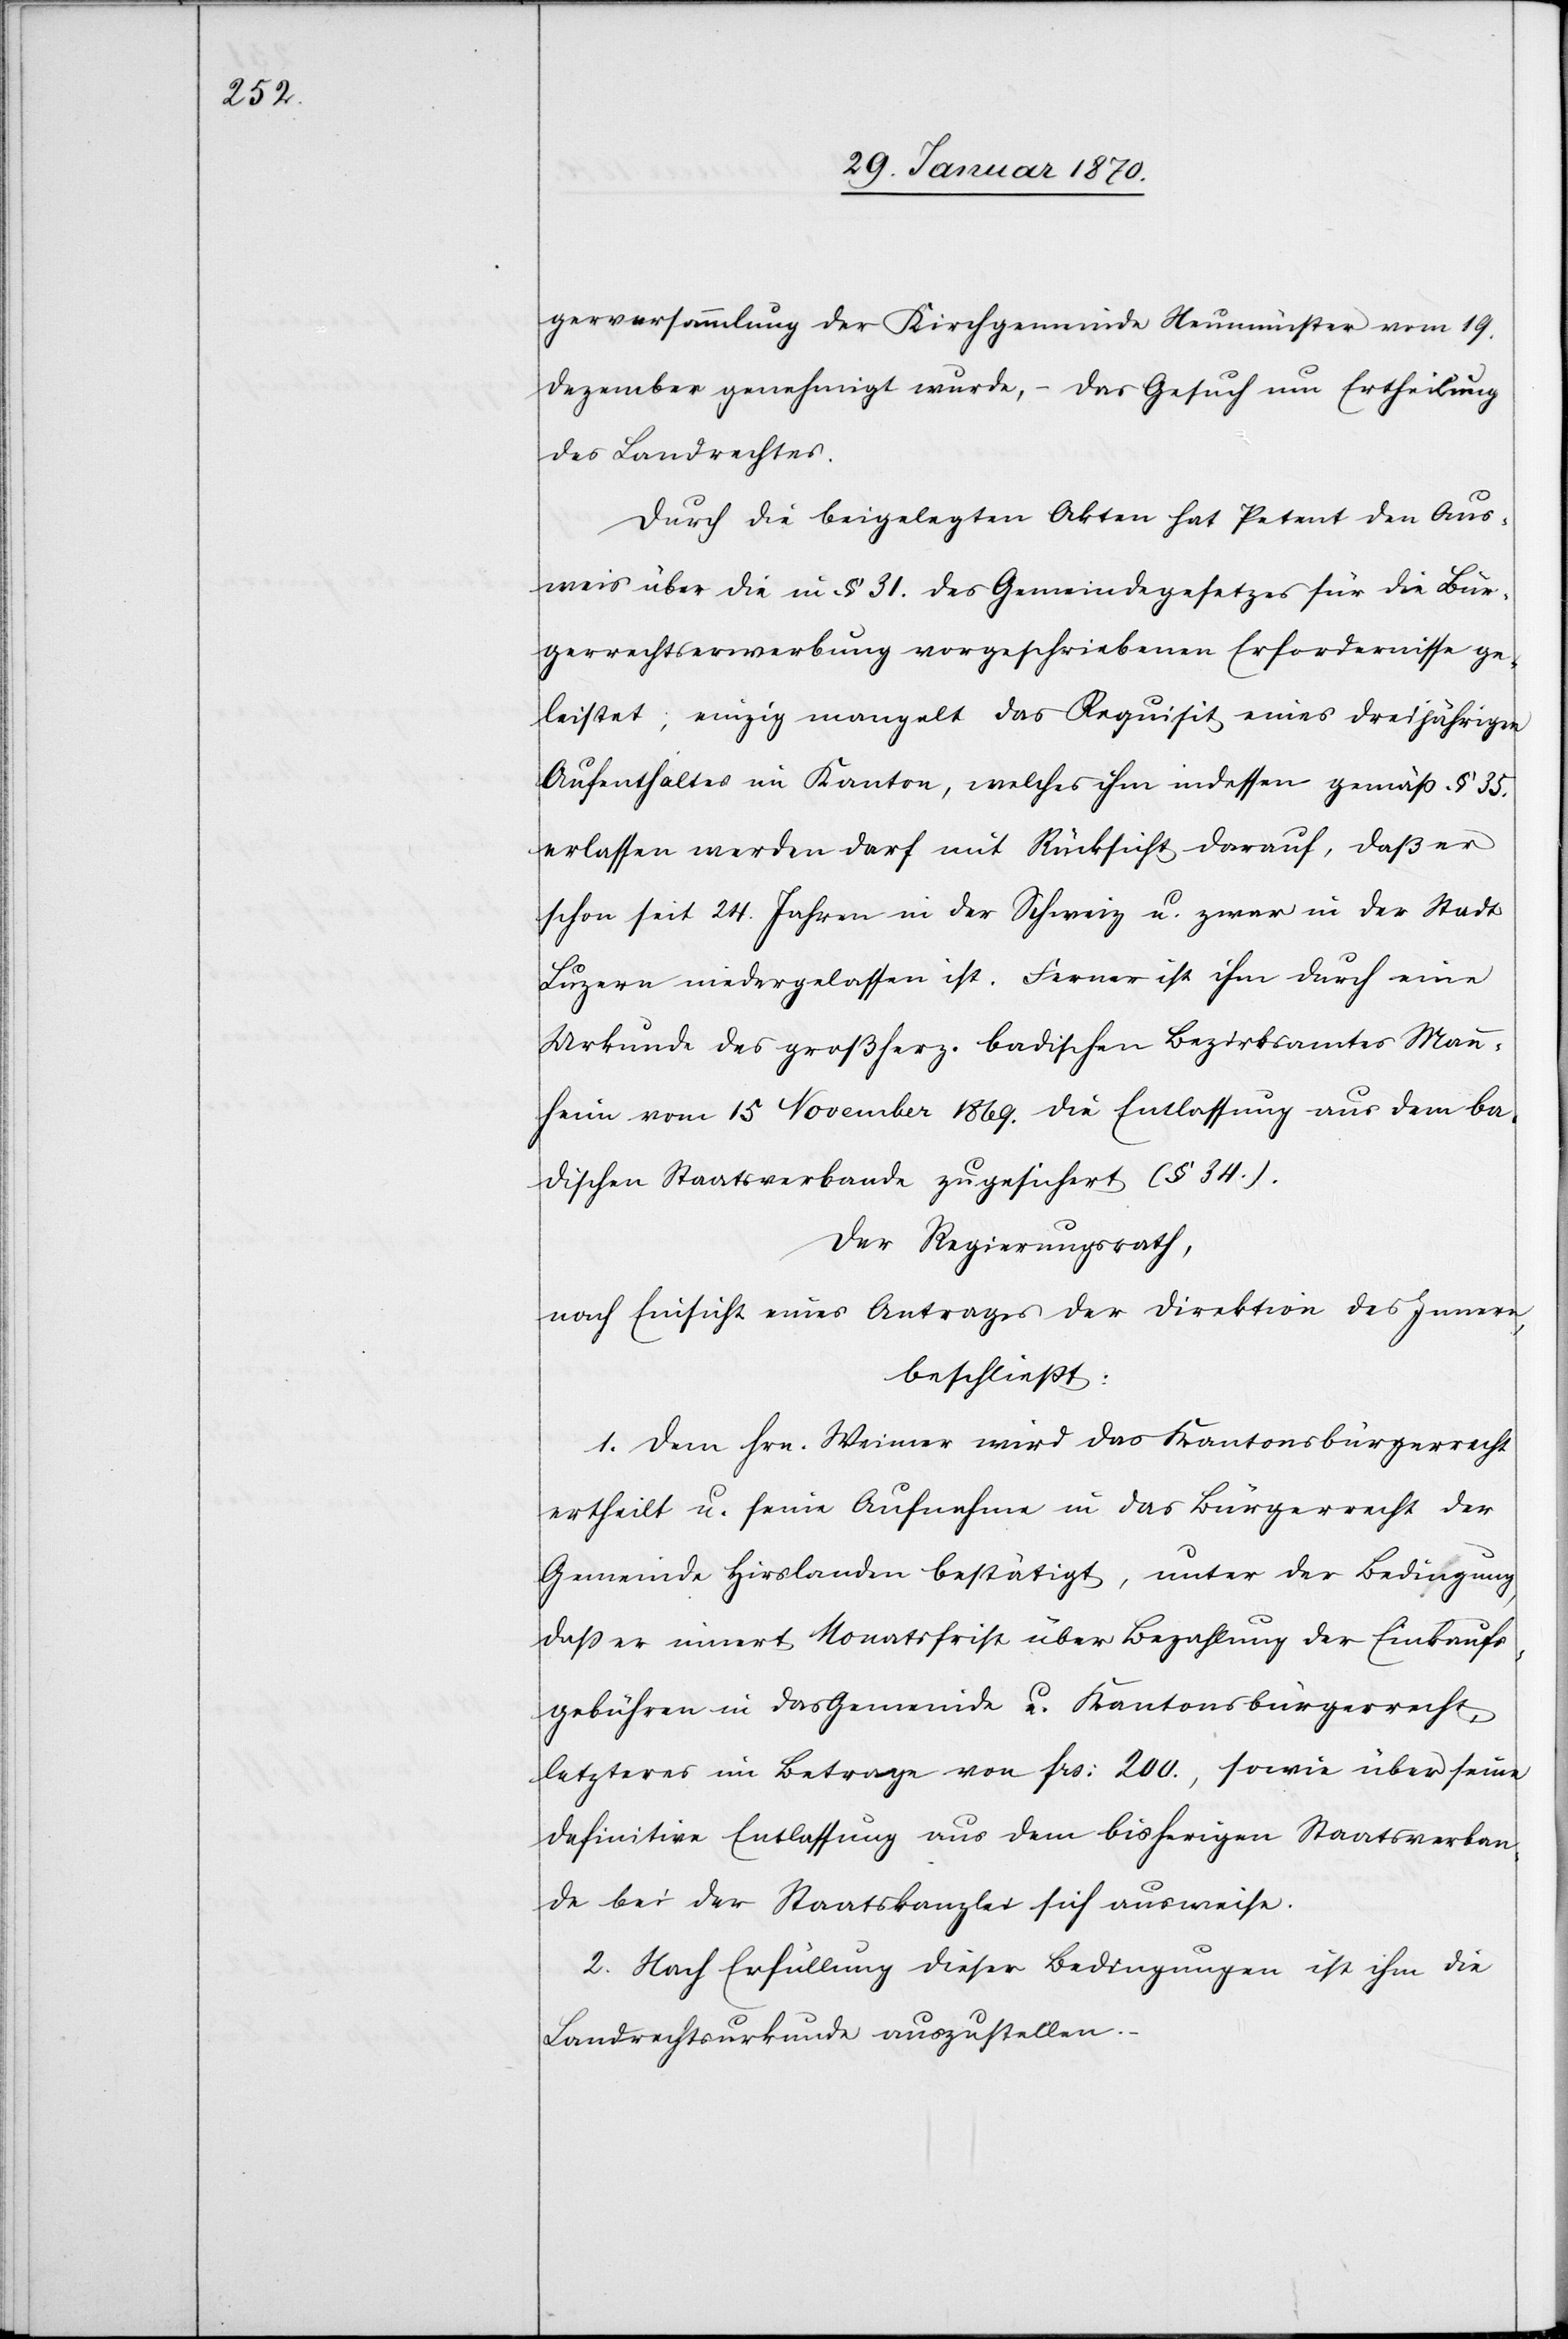
gerversammlung der Kirchgemeinde Neumünster vom 19.
Dezember genehmigt wurde,– das Gesuch um Ertheilung
des Landrechtes.
Durch die beigelegten Akten hat Petent den Aus¬
weis über die in § 31. des Gemeindegesetzes für die Bür¬
gerrechtserwerbung vorgeschriebenen Erfordernisse ge¬
leistet; einzig mangelt das Requisit eines dreijährigen
Aufenthaltes im Kanton, welches ihm indessen gemäß § 35.
erlassen werden darf mit Rücksicht darauf, daß er
schon seit 24. Jahren in der Schweiz u. zwar in der Stadt
Luzern niedergelassen ist. Ferner ist ihm durch eine
Urkunde des großherz. badischen Bezirksamtes Mann¬
heim vom 15 November 1869 die Entlassung aus dem ba¬
dischen Staatsverbande zugesichert (§ 34.).
Der Regierungsrath,
nach Einsicht eines Antrages der Direktion des Innern
beschließt:
1. Dem Hrn. Weimer wird das Kantonsbürgerrecht
ertheilt u. seine Aufnahme in das Bürgerrecht der
Gemeinde Hirslanden bestätigt, unter der Bedingung,
daß er innert Monatsfrist über Bezahlung der Einkaufs¬
gebühren in das Gemeinde u. Kantonsbürgerrecht,
letzteres im Betrage von frs: 200., sowie über seine
definitive Entlassung aus dem bisherigen Staatsverban¬
de bei der Staatskanzlei sich ausweise.
2. Nach Erfüllung dieser Bedingungen ist ihm die
Landesrechtsurkunde auszustellen.